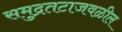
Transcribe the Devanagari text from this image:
समुद्रतटाजवळील